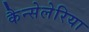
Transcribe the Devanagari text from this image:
कैन्सेलेरिया